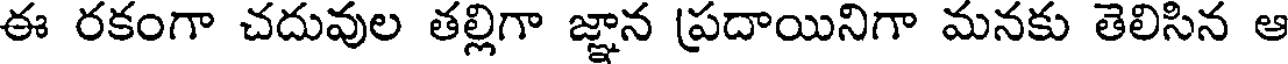
ఈ రకంగా చదువుల తల్లిగా జ్ఞాన ప్రదాయినిగా మనకు తెలిసిన ఆ